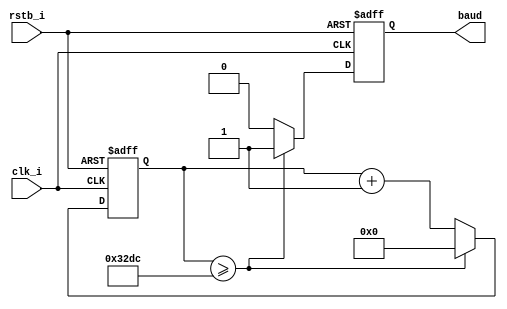
`timescale 1ns / 1ps
//////////////////////////////////////////////////////////////////////////////////
// Company: 
// Engineer: 
// 
// Design Name: 
// Module Name: UART_T_BaudGenerator
//////////////////////////////////////////////////////////////////////////////////

module UART_T_BaudGenerator
    #(
        parameter CLOCK_RATE = 125000000,
        parameter BAUD_RATE = 9600
    )(
        input  clk_i,
        input  rstb_i,
        output  reg baud = 0
    );
    
    localparam THRESHOLD = CLOCK_RATE/BAUD_RATE;
    reg [13:0] rxCounter;
    
    always @(posedge clk_i, negedge rstb_i) begin
        if (!rstb_i) begin
            baud <= 0;
            rxCounter <= 0;
        end else begin
            if (rxCounter >= THRESHOLD) begin
                baud <= 1;
                rxCounter <= 0;
            end else begin
                baud <= 0;
                rxCounter <= rxCounter + 1;
            end
       end
   end
endmodule